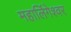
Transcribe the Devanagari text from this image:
महालिंगेश्वर